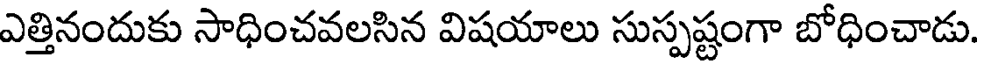
ఎత్తినందుకు సాధించవలసిన విషయాలు సుస్పష్టంగా బోధించాడు.